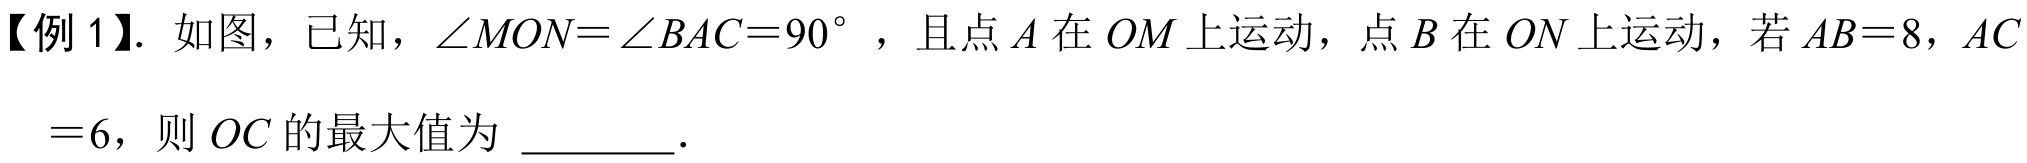
【例1】. 如图，已知，$\angle MON=\angle BAC = 90^{\circ}$，且点$A$在$OM$上运动，点$B$在$ON$上运动，若$AB = 8$，$AC = 6$，则$OC$的最大值为  ．